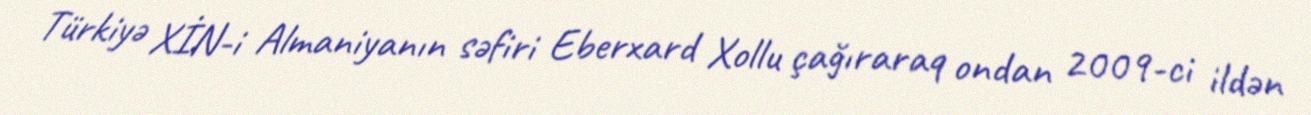
Türkiyə XİN-i Almaniyanın səfiri Eberxard Xollu çağıraraq ondan 2009-ci ildən